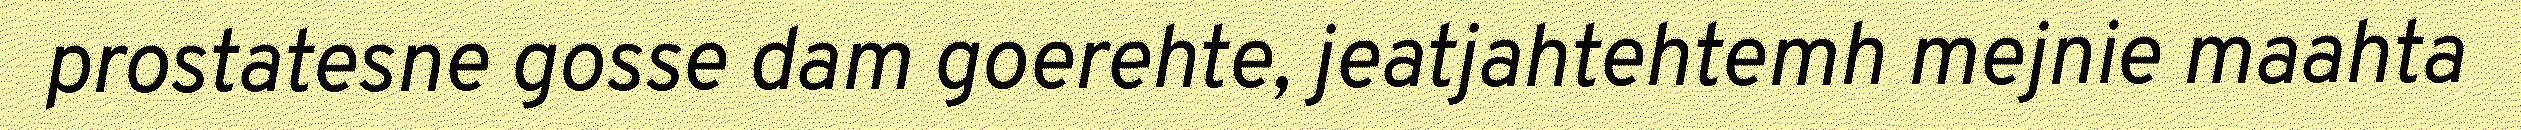
prostatesne gosse dam goerehte, jeatjahtehtemh mejnie maahta